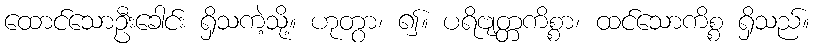
ထောင်သောဦးခေါင်း ရှိသကဲ့သို့။ ဟုတွာ၊ ၍။ ပရိဗျတ္တကိစ္စာ၊ ထင်သောကိစ္စ ရှိသည်။